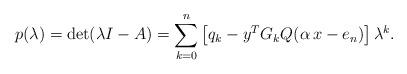
LaTeX: \begin{align*}p(\lambda) = \det(\lambda I - A) = \sum_{k=0}^{n} \left[q_{k} - y^{T}G_{k}Q(\alpha\, x - e_{n})\right] \lambda^{k}.\end{align*}